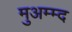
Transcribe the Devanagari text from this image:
मुअम्म्द